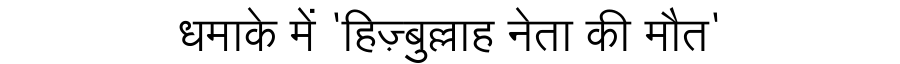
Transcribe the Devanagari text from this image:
धमाके में 'हिज़्बुल्लाह नेता की मौत'